Report on the nature of kala-azar
Disease focus: Kala-Azar
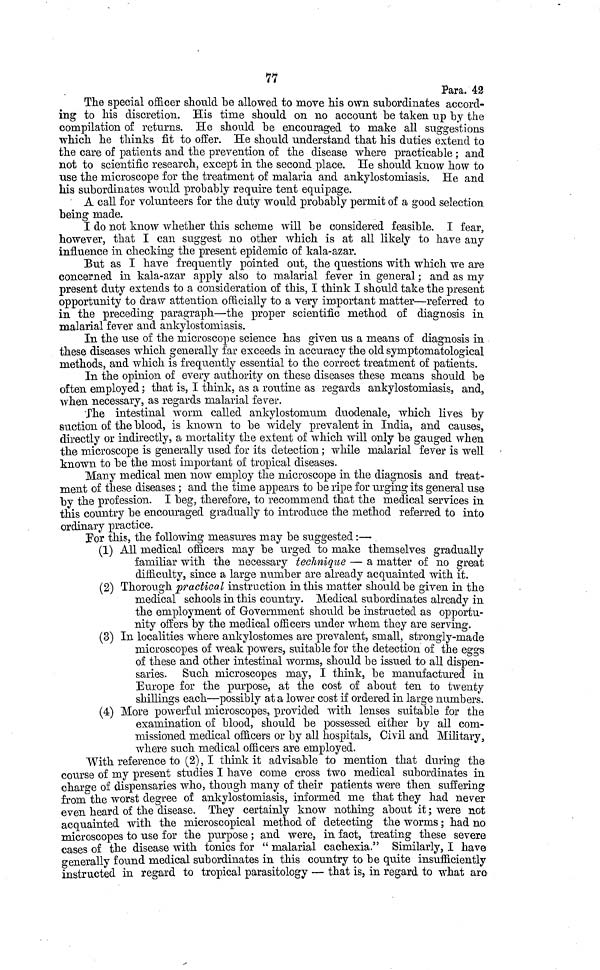
77
Para. 42
The special officer should be allowed to move Ms own subordinates accord-
ing to Ms discretion. His time should on no account be taken up by the
compilation of returns. He should be encouraged to make all suggestions
which he thinks fit to offer. He should understand that his duties extend to
the care of patients and the prevention of the disease where practicable; and
not to scientific research, except in the second place. He should know how to
use the microscope for the treatment of malaria and ankylostomiasis. He and
his subordinates would probably require tent equipage.
A call for volunteers for the duty would probably permit of a good selection
being made.
I do not know whether this scheme will be considered feasible. I fear,
however, that I can suggest no other which is at all likely to have any
influence in checking the present epidemic of kala-azar.
But as I have frequently pointed out, the questions with which we are
concerned in kala-azar apply also to malarial fever in general; and as my
present duty extends to a consideration of this, I think I should take the present
opportunity to draw attention officially to a very important matter—referred to
in the preceding paragraph—the proper scientific method of diagnosis in
malarial fever and ankylostomiasis.
In the use of the microscope science has given us a means of diagnosis in
these diseases which generally far exceeds in accuracy the old symptomatological
methods, and which is frequently essential to the correct treatment of patients.
In the opinion of every authority on these diseases these means should be
often employed; that is, I think, as a routine as regards ankylostomiasis, and,
when necessary, as regards malarial fever.
The intestinal worm called ankylostomum duodenale, which lives by
suction of the blood, is known to be widely prevalent in India, and causes,
directly or indirectly, a mortality the extent of which will only be gauged when
the microscope is generally used for its detection; while malarial fever is well
known to be the most important of tropical diseases.
Many medical men now employ the microscope in the diagnosis and treat-
ment of these diseases; and the time appears to be ripe for urging its general use
by the profession. I beg, therefore, to recommend that the medical services in
this country be encouraged gradually to introduce the method referred to into
ordinary practice.
For this, the following measures may be suggested :—
(1) All medical officers may be urged to make themselves gradually
familiar with the necessary technique — a matter of no great
difficulty, since a large number are already acquainted with it.
(2) Thorough practical instruction in this matter should be given in the
medical schools in this country. Medical subordinates already in
the employment of Government should be instructed as opportu-
nity offers by the medical officers under whem they are serving.
(3) In localities where ankylostomes are prevalent, small, strongly-made
microscopes of weak powers, suitable for the detection of the eggs
of these and other intestinal worms, should be issued to all dispen-
saries. Such microscopes may, I think, be manufactured in
Europe for the purpose, at the cost of about ten to twenty
shillings each—possibly at a lower cost if ordered in large numbers.
(4) More powerful microscopes, provided with lenses suitable for the
examination of blood, should be possessed either by all com-
missioned medical officers or by all hospitals, Civil and Military,
where such medical officers are employed.
With reference to (2), I think it advisable to mention that during the
course of my present studies I have come cross two medical subordinates in
charge of dispensaries who, though many of their patients were then suffering
from the worst degree of ankylostomiasis, informed me that they had never
even heard of the disease. They certainly know nothing about it; were not
acquainted with the microscopical method of detecting the worms; had no
microscopes to use for the purpose; and were, in fact, treating these severe
cases of the disease with tonics for "malarial cachexia." Similarly, I have
generally found medical subordinates in this country to be quite insufficiently
instructed in regard to tropical parasitology — that is, in regard to what are